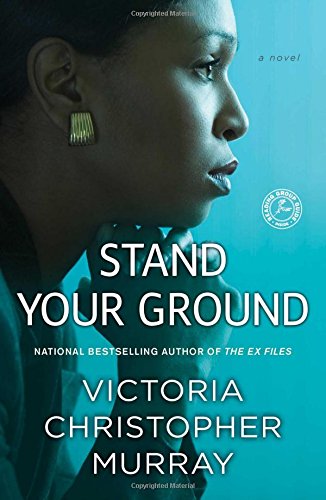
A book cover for Stand Your Ground: A Novel; Victoria Christopher Murray; Mystery, Thriller & Suspense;